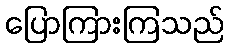
ပြောကြားကြသည်